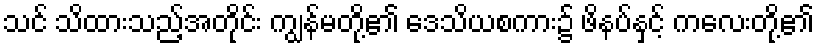
သင် သိထားသည့်အတိုင်း ကျွန်မတို့၏ ဒေသိယစကား၌ ဖိနပ်နှင့် ကလေးတို့၏